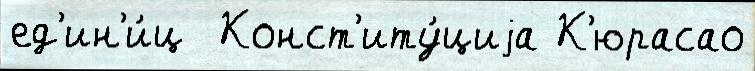
ед'ин'и́ц  Конст'иту́циjа К'юрасао